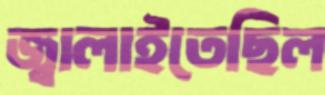
জ্বালাইতেছিল